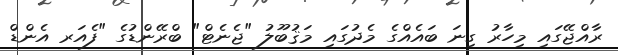
ރާއްޖޭގައި މިހާރު ގިނަ ބައެއްގެ މެދުގައި މަޤުބޫލު "ޖެނެޓް" ބްރޭންޑުގެ "ފެއަރ އެންޑް